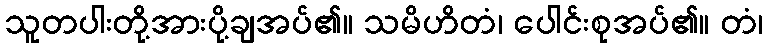
သူတပါးတို့အားပို့ချအပ်၏။ သမိဟိတံ၊ ပေါင်းစုအပ်၏။ တံ၊